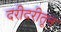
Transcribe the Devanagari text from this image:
दरीदरीतून